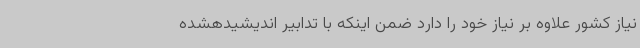
نیاز کشور علاوه بر نیاز خود را دارد ضمن اینکه با تدابیر اندیشیدهشده